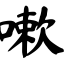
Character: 嗽